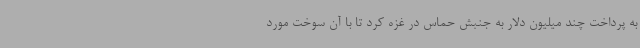
به پرداخت چند میلیون دلار به جنبش حماس در غزه کرد تا با آن سوخت مورد